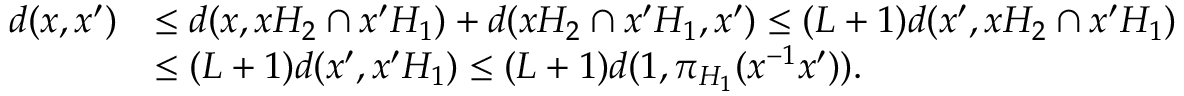
\begin{array} { r l } { d ( x , x ^ { \prime } ) } & { \leq d ( x , x H _ { 2 } \cap x ^ { \prime } H _ { 1 } ) + d ( x H _ { 2 } \cap x ^ { \prime } H _ { 1 } , x ^ { \prime } ) \leq ( L + 1 ) d ( x ^ { \prime } , x H _ { 2 } \cap x ^ { \prime } H _ { 1 } ) } \\ & { \leq ( L + 1 ) d ( x ^ { \prime } , x ^ { \prime } H _ { 1 } ) \leq ( L + 1 ) d ( 1 , \pi _ { H _ { 1 } } ( x ^ { - 1 } x ^ { \prime } ) ) . } \end{array}